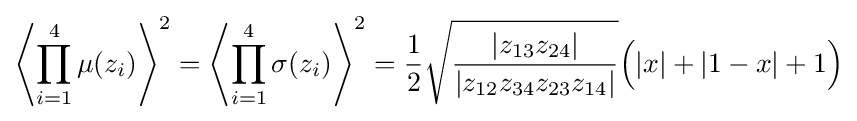
\left\langle \prod _{i=1}^{4}\mu (z_{i})\right\rangle ^{2}=\left\langle \prod _{i=1}^{4}\sigma (z_{i})\right\rangle ^{2}={\frac {1}{2}}{\sqrt {\frac {|z_{13}z_{24}|}{|z_{12}z_{34}z_{23}z_{14}|}}}{\Big (}|x|+|1-x|+1{\Big )}